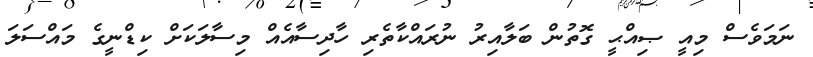
ނަމަވެސް މިއީ ޞިއްޙީ ގޮތުން ބަލާއިރު ނުރައްކާތެރި ހާދިސާއެއް މިސާލަކަށް ކިޑްނީގެ މައްސަލަ